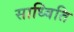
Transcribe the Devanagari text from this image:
साध्विति